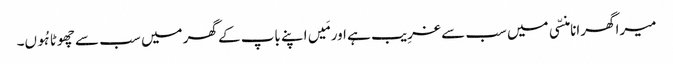
میرا گھرانا منسّی میں سب سے غرِیب ہے اور مَیں اپنے باپ کے گھر میں سب سے چھوٹا ہُوں۔